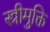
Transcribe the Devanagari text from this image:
स्त्रीमुक्ति